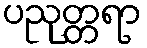
ပညုတ္တရာ